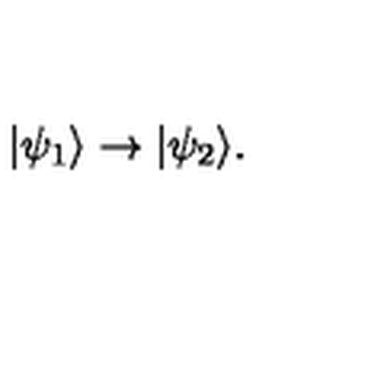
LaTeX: | \psi _ { 1 } \rangle \rightarrow | \psi _ { 2 } \rangle .